Annual administration report of the Civil Veterinary Department of India - 1897-1898
Year: 1897
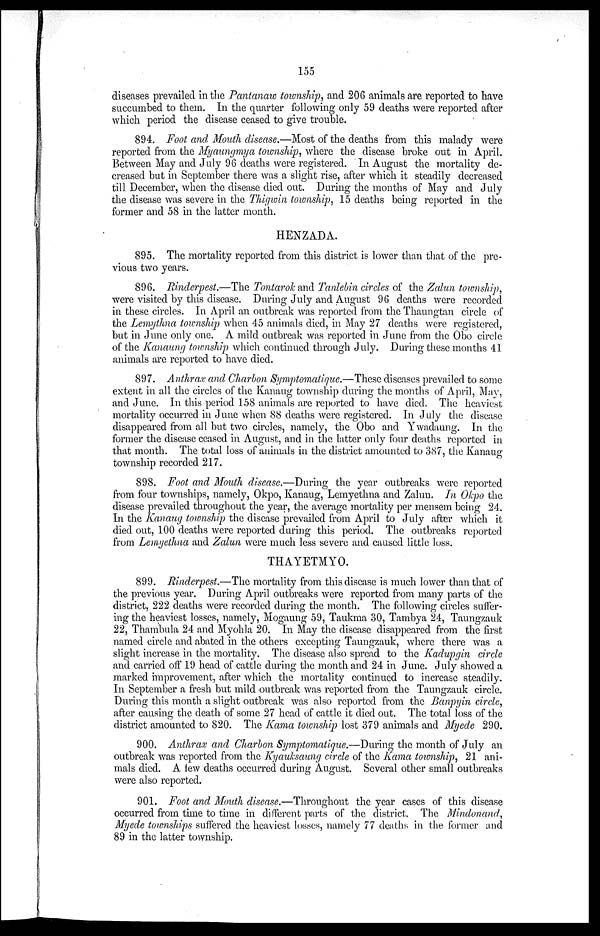
155
diseases prevailed in the Pantanaw township, and 206 animals are reported to have
succumbed to them. In the quarter following only 59 deaths were reported after
which period the disease ceased to give trouble.
894. Foot and Mouth disease.—Most of the deaths from this malady were
reported from the Myaungmya township, where the disease broke out in April.
Between May and July 96 deaths were registered. In August the mortality de-
creased but in September there was a slight rise, after which it steadily decreased
till December, when the disease died out. During the months of May and July
the disease was severe in the Thigwin township, 15 deaths being reported in the
former and 58 in the latter month.
HENZADA.
895. The mortality reported from this district is lower than that of the pre-
vious two years.
896. Rinderpest.—The Tontarok and Tanlebin circles of the Zalun township,
were visited by this disease. During July and August 96 deaths were recorded
in these circles. In April an outbreak was reported from the Thaungtan circle of
the Lemythna township when 45 animals died, in May 27 deaths were registered,
but in June only one. A mild outbreak was reported in June from the Obo circle
of the Kanaung township which continued through July. During these months 41
animals are reported to have died.
897. Anthrax and Charbon Symptomatique.—These diseases prevailed to some
extent in all the circles of the Kanaug township during the months of April, May,
and June. In this period 158 animals are reported to have died. The heaviest
mortality occurred in June when 88 deaths were registered. In July the disease
disappeared from all but two circles, namely, the Obo and Ywadaung. In the
former the disease ceased in August, and in the latter only four deaths reported in
that month. The total loss of animals in the district amounted to 387, the Kanaug
township recorded 217.
898. Foot and Mouth disease.—During the year outbreaks were reported
from four townships, namely, Okpo, Kanaug, Lemyethna and Zalun. In Okpo the
disease prevailed throughout the year, the average mortality per mensem being 24.
In the Kanaug township the disease prevailed from April to July after which it
died out, 100 deaths were reported during this period. The outbreaks reported
from Lemyethna and Zalun were much less severe and caused little loss.
THAYETMYO.
899. Rinderpest.—The mortality from this disease is much lower than that of
the previous year. During April outbreaks were reported from many parts of the
district, 222 deaths were recorded during the month. The following circles suffer-
ing the heaviest losses, namely, Mogaung 59, Taukma 30, Tambya 24, Taungzauk
22, Thambula 24 and Myohla 20. In May the disease disappeared from the first
named circle and abated in the others excepting Taungzauk, where there was a
slight increase in the mortality. The disease also spread to the Kadupgin circle
and carried off 19 head of cattle during the month and 24 in June. July showed a
marked improvement, after which the mortality continued to increase steadily.
In September a fresh but mild outbreak was reported from the Taungzauk circle.
During this month a slight outbreak was also reported from the Banpyin circle,
after causing the death of some 27 head of cattle it died out. The total loss of the
district amounted to 820. The Kama township lost 379 animals and Myede 290.
900. Anthrax and Charbon Symptomatique.—During the month of July an
outbreak was reported from the Kyauksaung circle of the Kama township, 21 ani-
mals died. A few deaths occurred during August. Several other small outbreaks
were also reported.
901. Foot and Mouth disease.—Throughout the year cases of this disease
occurred from time to time in different parts of the district. The Mindonand,
Myede townships suffered the heaviest losses, namely 77 deaths in the former and
89 in the latter township.